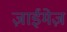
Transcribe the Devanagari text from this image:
ज़ाईमेज़